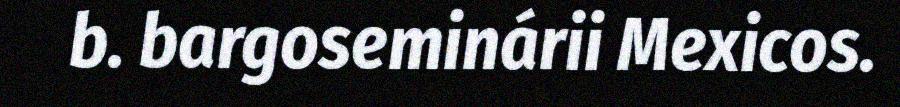
b. bargoseminárii Mexicos.